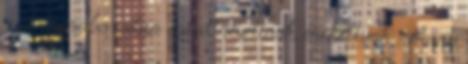
a jó csóri bor után sokat nevettünk, énekeltünk, néhány